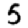
Digit: 5